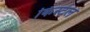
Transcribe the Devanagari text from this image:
किस्टल